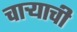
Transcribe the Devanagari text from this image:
चाऱ्याची